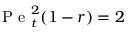
\mathrm { ~ P ~ e ~ } _ { t } ^ { 2 } ( 1 - r ) = 2